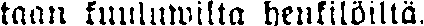
taan kuuluwilta henkilöiltä.